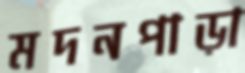
মদনপাড়া